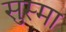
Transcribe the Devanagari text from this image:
सुस्मा